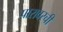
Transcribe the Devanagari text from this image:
पारावरची